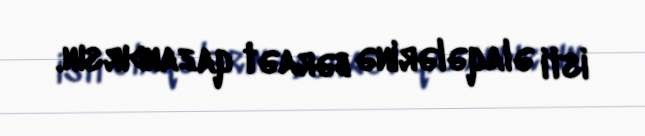
isti əlaqələrinə bəraət qazandırsın.